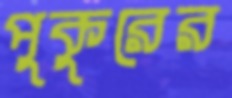
পুকুরের